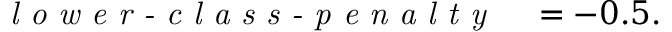
\begin{array} { r l } { \textit { l o w e r - c l a s s - p e n a l t y } } & { { } = - 0 . 5 . } \end{array}